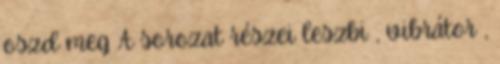
oszd meg A sorozat részei leszbi , vibrátor ,